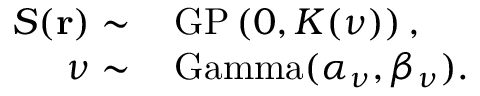
\begin{array} { r l } { S ( \mathbf { r } ) \sim } & { { } \, \mathrm { G P } \left( 0 , \boldsymbol { K } ( \nu ) \right) , } \\ { \nu \sim } & { { } \, \mathrm { G a m m a } ( \alpha _ { \nu } , \beta _ { \nu } ) . } \end{array}